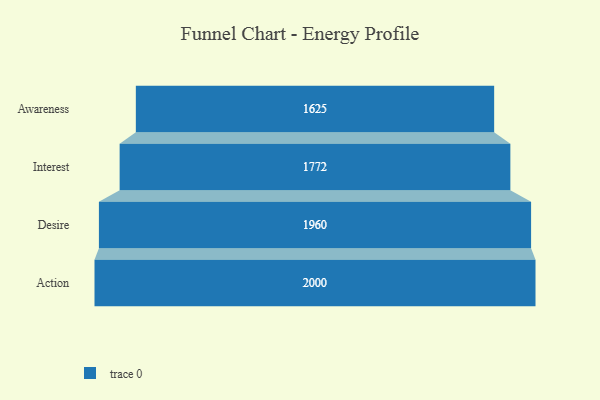
{"axis": {"x": "Stage", "y": "Value"}, "legend": [""], "data": [{"x": "Awareness", "y": 1625.0, "type": ""}, {"x": "Interest", "y": 1772.0, "type": ""}, {"x": "Desire", "y": 1960.0, "type": ""}, {"x": "Action", "y": 2000, "type": ""}]}